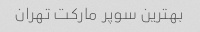
بهترین سوپر مارکت تهران